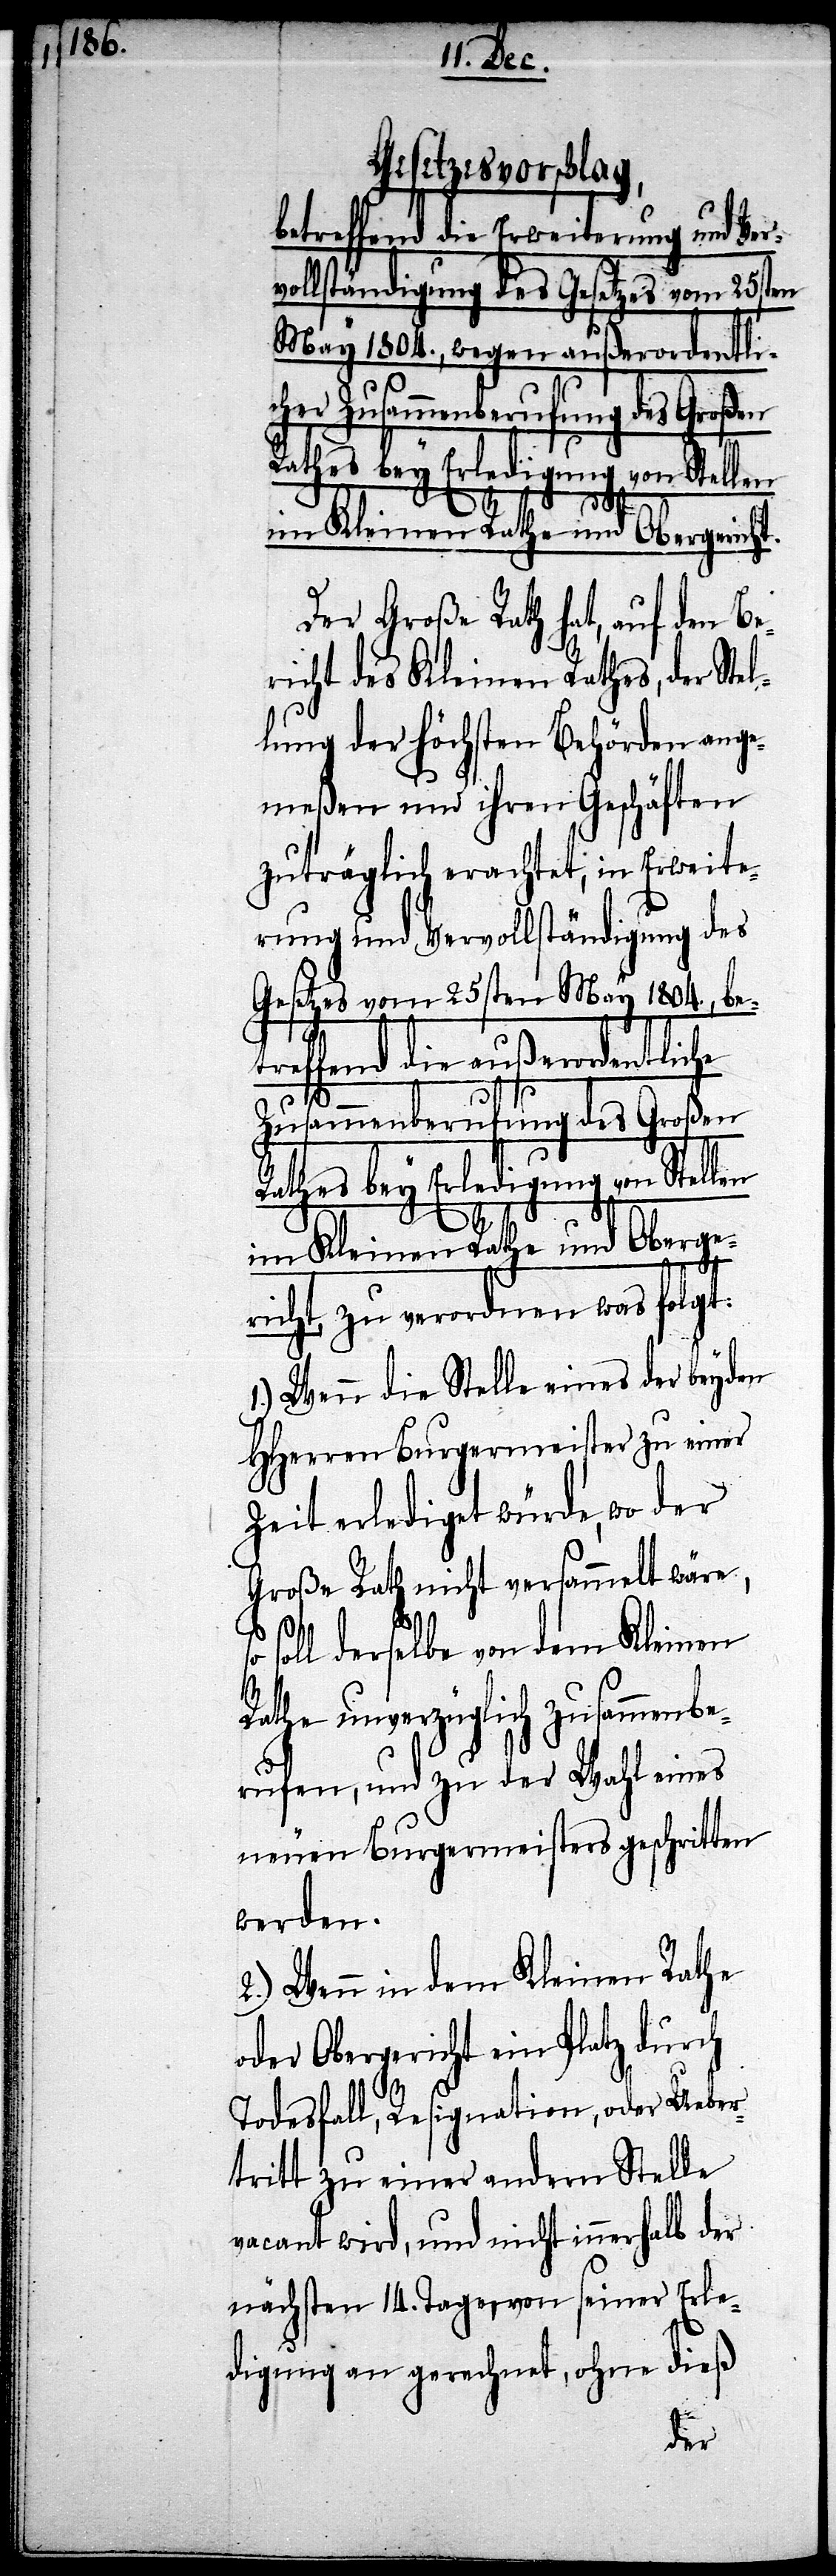
Gesetzesvorschlag,
betreffend die Erweiterung und Ver¬
vollständigung des Gesetzes vom 25sten
May 1804., wegen außerordentlic¬
Rathes bey Erledigung von Stellen
im Kleinen Rathe und Obergericht.
Der große Rath hat, auf den Be¬
richt des Kleinen Raths, der Stel¬
lung der Höchsten Behörden ange¬
meßen und ihren Geschäften
zuträglich erachtet, in Erweite¬
rung und Vervollständigung des
Gesetzes vom 25sten May 1804., bet¬
reffend die außerordentliche
Zusammenberufung des Großen
Rathes bey Erledigung von Stellen
im Kleinen Rathe und Oberge¬
her
richt, zu verordnen war folgt:
1.) Wenn die Stelle eines der beyden
HHerren Burgermeister zu einer
Zeit erledigt würde, wo der
Große Rath nicht versammelt wäre,
soll derselbe von dem Kleinen
Rathe unverzüglich zusammenbe¬
rufen, und zu der Wahl eines
neuen Burgermeisters geschritten
werden.
2.) Wenn in dem Kleinen Rathe
oder Obergericht ein Platz durch
Todesfall, Resignation, oder Ueber¬
tritt eines andern Stelle
vacant wird, und nicht innerhalb der
nächsten 14. Tage, von seiner Erle¬
digung an gerechnet, ohne dieß